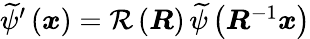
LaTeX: \begin{array}{r}{\widetilde{\psi}^{\prime}\left(\boldsymbol{x}\right)=\mathcal{R}\left(\boldsymbol{R}\right)\, \widetilde{\psi}\left(\boldsymbol{R}^{-1}\boldsymbol{x}\right)}\end{array}